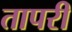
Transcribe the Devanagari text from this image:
तापरी